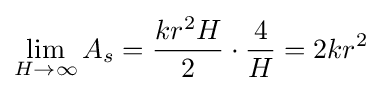
\lim _{H\rightarrow \infty }A_{s}={kr^{2}H \over 2}\cdot {4 \over H}=2kr^{2}